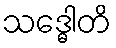
သဒ္ဓေါတိ